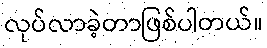
လုပ်လာခဲ့တာဖြစ်ပါတယ်။